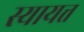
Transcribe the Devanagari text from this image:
स्यायत्त